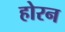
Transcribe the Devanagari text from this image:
होरन